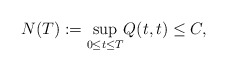
\begin{align*}N(T):=\underset{0\leq t \leq T}{\sup} Q(t,t) \leq C,\end{align*}